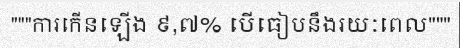
"""ការកើនឡើង ៩,៧% បើធៀបនឹងរយៈពេល"""